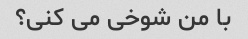
با من شوخی می کنی؟